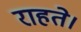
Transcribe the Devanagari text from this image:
राहते।